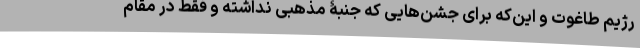
رژیم طاغوت و این‌که برای جشن‌هایی که جنبۀ مذهبی نداشته و فقط در مقام